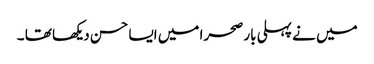
میں نے پہلی بار صحرا میں ایسا حسن دیکھا تھا ۔